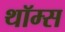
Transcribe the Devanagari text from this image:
थॉम्स